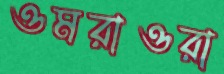
ওমরাওরা